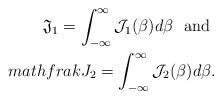
\begin{align*}\mathfrak{J}_1=\int_{-\infty}^{\infty}\mathcal{J}_1(\beta)d\beta\ \textrm{ and }\\mathfrak{J}_2=\int_{-\infty}^{\infty}\mathcal{J}_2(\beta)d\beta.\end{align*}